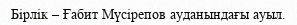
Бірлік – Ғабит Мүсірепов ауданындағы ауыл.